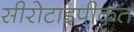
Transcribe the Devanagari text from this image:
सीरोटाइपीकृत